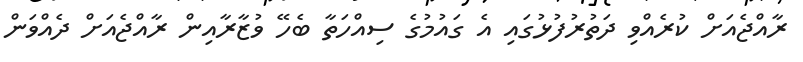
ރާއްޖެއަށް ކުރެއްވި ދަތުރުފުޅުގައި އެ ގައުމުގެ ސިއްހަތާ ބެހޭ ވުޒާރާއިން ރާއްޖެއަށް ދެއްވަން